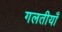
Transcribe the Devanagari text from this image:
गलतीयाँ